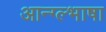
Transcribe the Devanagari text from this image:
आन्ग्ल्भाषा